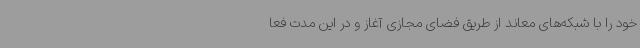
خود را با شبکه‌های معاند از طریق فضای مجازی آغاز و در این مدت فعا